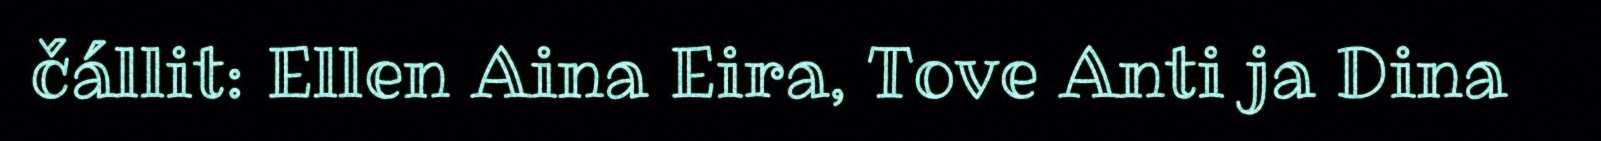
čállit: Ellen Aina Eira, Tove Anti ja Dina